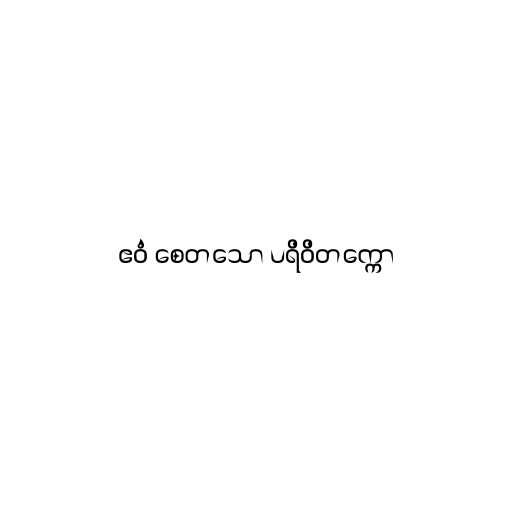
ဧဝံ စေတသော ပရိဝိတက္ကော